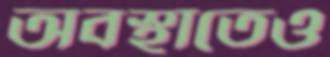
অবস্থাতেও